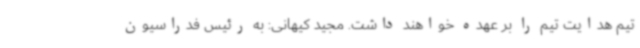
تیم هدایت تیم را بر عهده خواهند داشت. مجید کیهانی: به رئیس فدراسیون